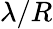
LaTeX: \lambda/R